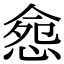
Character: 𢛪